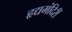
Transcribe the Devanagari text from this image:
हृद्यमंदिरीं